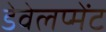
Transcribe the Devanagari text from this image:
डेवेलप्मेंट